Civil Veterinary Dept. Bombay admin report 1900-1906 - 1900-1906
Year: 1900
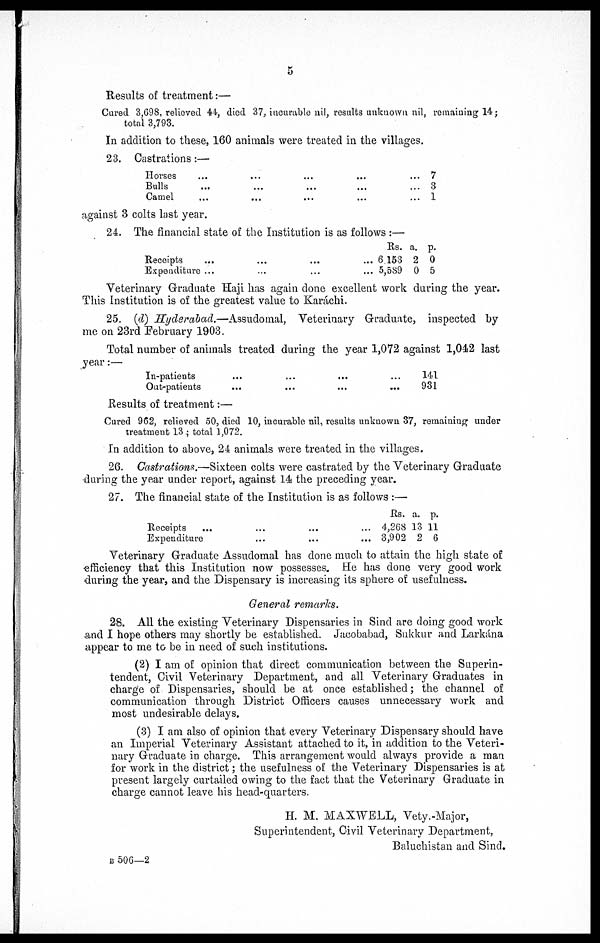
5
Results of treatment :—
Cured 3,698, relieved 44, died 37, incurable nil, results unknown nil, remaining 14 ;
total 3,793.
In addition to these, 160 animals were treated in the villages.
23. Castrations :—
Horses
Bulls
Camel
…
...
...
...
...
...
...
...
...
...
...
...
... 7
... 3
... 1
against 3 colts last year.
24. The financial state of the Institution is as follows :—
Receipts
Expenditure
...
...
...
...
...
…
...
...
Rs. a. p.
6 153 2 0
5,589 0 5
Veterinary Graduate Haji has again done excellent work during the year.
This Institution is of the greatest value to Karáchi.
25. (d) Hyderabad.—Assudomal, Veterinary Graduate, inspected by
me on 23rd February 1903.
Total number of animals treated during the year 1,072 against 1,042 last
year :—
In-patients
Out-patients
...
...
...
...
...
...
…
...
141
931
Results of treatment :—
Cured 962, relieved 50, died 10, incurable nil, results unknown 37, remaining under
treatment 13 ; total 1,072.
In addition to above, 24 animals were treated in the villages.
26. Castrations.—Sixteen colts were castrated by the Veterinary Graduate
during the year under report, against 14 the preceding year.
27. The financial state of the Institution is as follows :—
Receipts
Expenditure
...
...
...
...
...
...
Rs. a. p.
4,268 13 11
3,902 2 6
Veterinary Graduate Assudomal has done much to attain the high state of
efficiency that this Institution now possesses. He has done very good work
during the year, and the Dispensary is increasing its sphere of usefulness.
General remarks.
28. All the existing Veterinary Dispensaries in Sind are doing good work
and I hope others may shortly be established. Jacobabad, Sukkur and Larkána
appear to me to be in need of such institutions.
(2) I am of opinion that direct communication between the Superin-
tendent, Civil Veterinary Department, and all Veterinary Graduates in
charge of Dispensaries, should be at once established ; the channel of
communication through District Officers causes unnecessary work and
most undesirable delays.
(3) I am also of opinion that every Veterinary Dispensary should have
an Imperial Veterinary Assistant attached to it, in addition to the Veteri-
nary Graduate in charge. This arrangement would always provide a man
for work in the district ; the usefulness of the Veterinary Dispensaries is at
present largely curtailed owing to the fact that the Veterinary Graduate in
charge cannot leave his head-quarters.
H. M. MAXWELL, Vety.-Major,
Superintendent, Civil Veterinary Department,
Baluchistan and Sind.
B 506—2